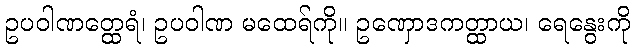
ဥပဝါဏတ္ထေရံ၊ ဥပဝါဏ မထေရ်ကို။ ဥဏှောဒကတ္ထာယ၊ ရေနွေးကို